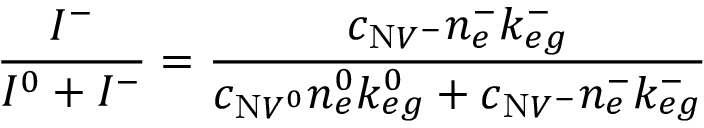
\frac { I ^ { - } } { I ^ { 0 } + I ^ { - } } = \frac { c _ { \mathrm { N } V ^ { - } } n _ { e } ^ { - } k _ { e g } ^ { - } } { c _ { \mathrm { N } V ^ { 0 } } n _ { e } ^ { 0 } k _ { e g } ^ { 0 } + c _ { \mathrm { N } V ^ { - } } n _ { e } ^ { - } k _ { e g } ^ { - } }